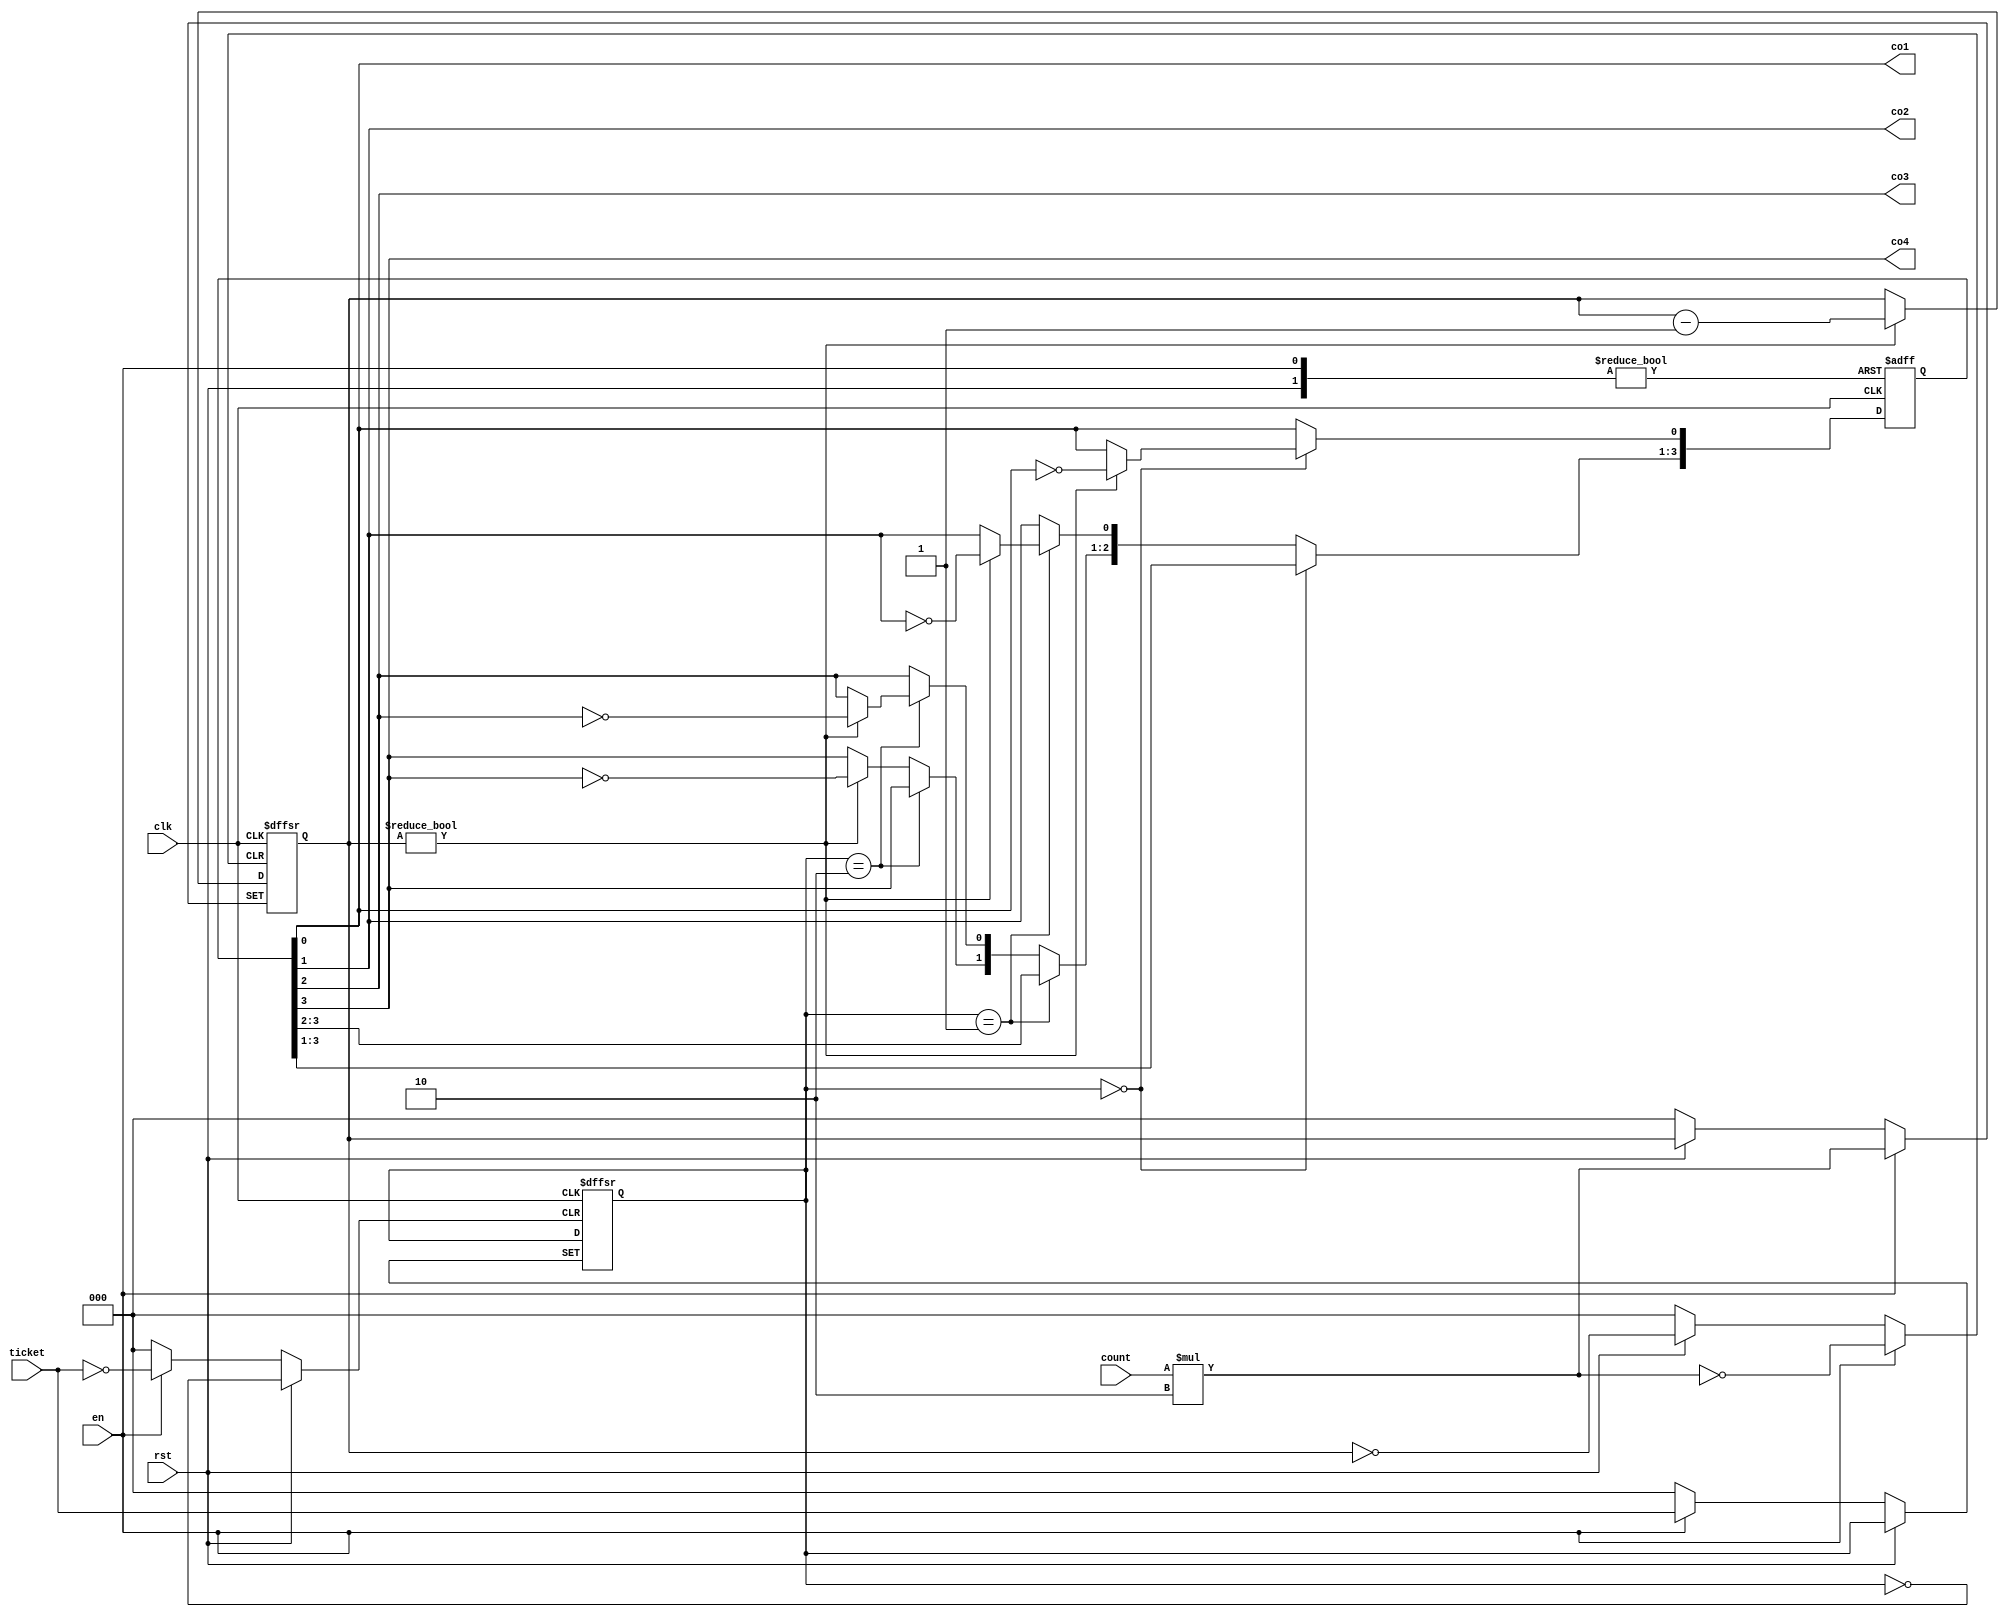
`timescale 1ns / 1ps
//////////////////////////////////////////////////////////////////////////////////
// Company: 
// Engineer: 
// 
// Design Name: 
// Module Name: chupiao
// Project Name: 
// Target Devices: 
// Tool Versions: 
// Description: 
// 
// Dependencies: 
// 
// Revision:
// Revision 0.01 - File Created
// Additional Comments:
// 
//////////////////////////////////////////////////////////////////////////////////


module chupiao(
    input rst,// 
    input clk,//
    input en,// 10
    input [2:0] ticket,//1,2,3
    input [2:0] count,//1,2,3
    output co1,// 1
    output co2,//2
    output co3,//3
    output co4//4
    );
    
    reg [3:0] q=4'b0000;//
    reg [2:0] ticketType;//
    reg [2:0] ticketCount;//
    
    always@(posedge clk,posedge rst,posedge en)
    begin
        if(rst==1)
        begin
            q<=0;
        end
        else if(en==1)
            begin
                q<=0;
                ticketType<=ticket;
                ticketCount<=count*2;
            end
        else 
        begin
            if(ticketType==0)
            begin
                if(ticketCount!=0)
                begin
                    q[0]=~q[0];
                    ticketCount=ticketCount-1;
                end
            end
            else if(ticketType==1)
                 begin
                    if(ticketCount!=0)
                    begin
                        q[1]=~q[1];
                        ticketCount=ticketCount-1;
                    end
                 end
            else if(ticketType==2)
                 begin
                    if(ticketCount!=0)
                    begin
                        q[2]=~q[2];
                        ticketCount=ticketCount-1;
                    end
                 end
             else
                  begin
                      if(ticketCount!=0)
                      begin
                          q[3]=~q[3];
                          ticketCount=ticketCount-1;
                      end
                  end
        end 
    end
    
    assign co1=q[0];
    assign co2=q[1];
    assign co3=q[2];
    assign co4=q[3];
    
endmodule